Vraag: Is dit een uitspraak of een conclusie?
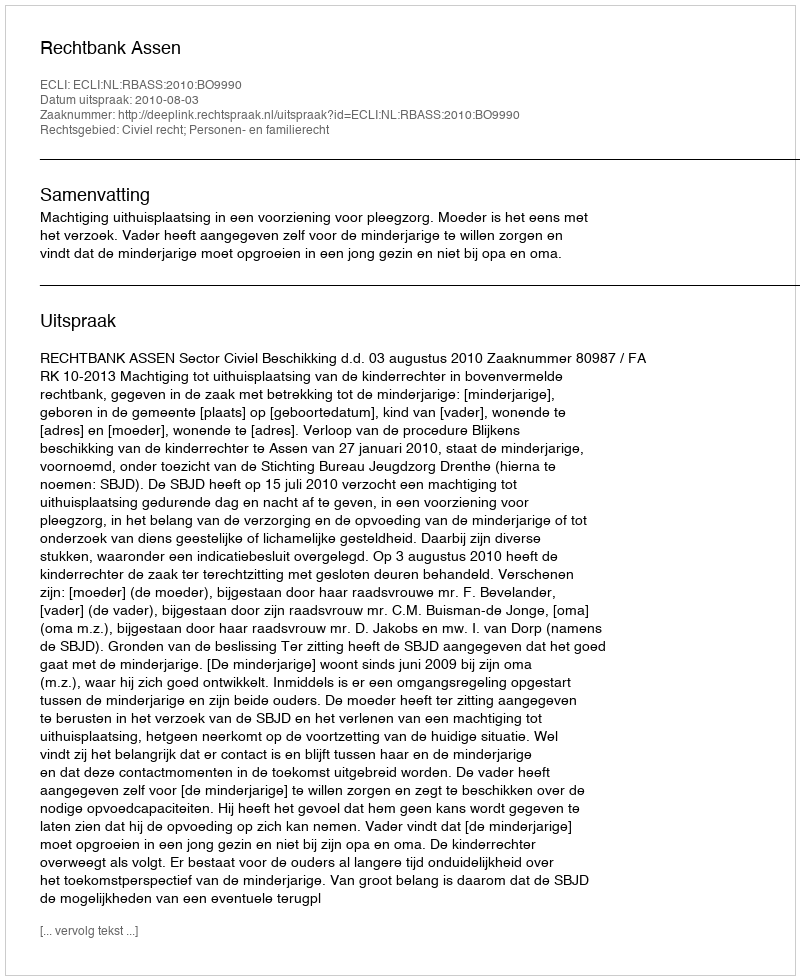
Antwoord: Uitspraak